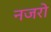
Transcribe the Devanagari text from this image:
नजरो